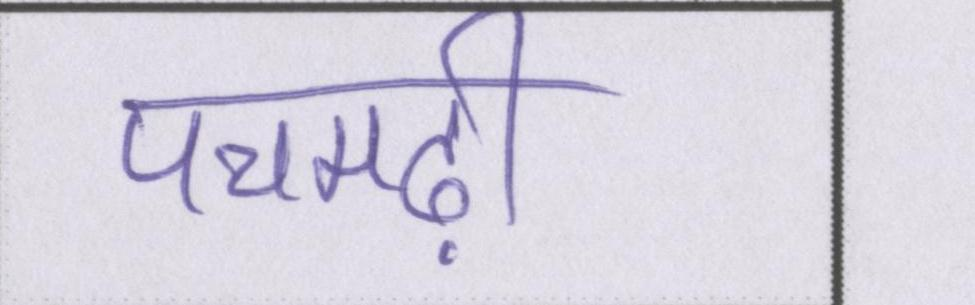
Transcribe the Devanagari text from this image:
पचमढ़ी